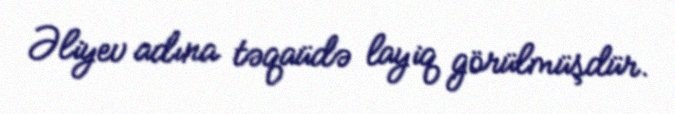
Əliyev adına təqaüdə layiq görülmüşdür.